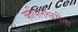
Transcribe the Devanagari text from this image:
कपिलेश्वरींना